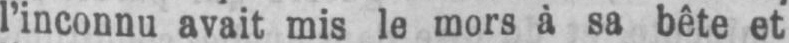
l’inconnu avait mis le mors à sa bête et